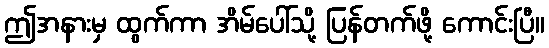
ဤအနားမှ ထွက်ကာ အိမ်ပေါ်သို့ ပြန်တက်ဖို့ ကောင်းပြီ။